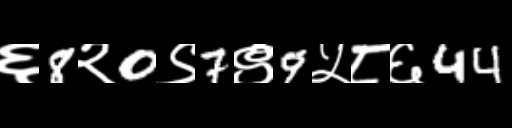
Text: ६8२0९7९9५८६44